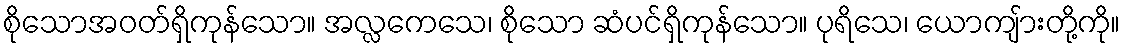
စိုသောအဝတ်ရှိကုန်သော။ အလ္လကေသေ၊ စိုသော ဆံပင်ရှိကုန်သော။ ပုရိသေ၊ ယောကျ်ားတို့ကို။